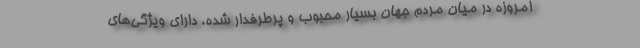
امروزه در میان مردم جهان بسیار محبوب و پرطرفدار شده، دارای ویژگی‌های